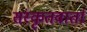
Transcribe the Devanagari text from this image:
संस्कृतवार्ता